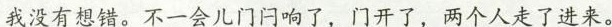
我没有想错。不一会儿门问响了，门开了，两个人走了进来。